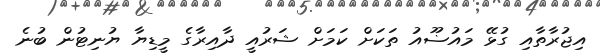
އިޖުރާތާއި ގުޅޭ މައުޟޫއު ތަކަށް ކަމަށް ޝަރުއީ ދާއިރާގެ މީޑިޔާ ޔުނިޓުން ބުނެ